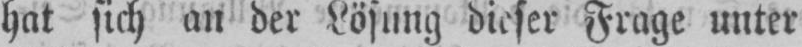
hat sich an der Lösung dieser Frage unter